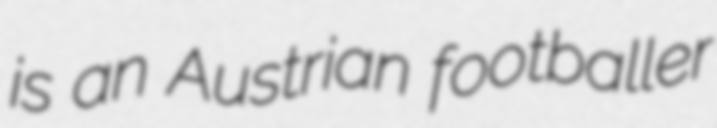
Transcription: is an Austrian footballer